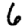
Digit: 6